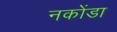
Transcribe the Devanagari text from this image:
नकोंडा